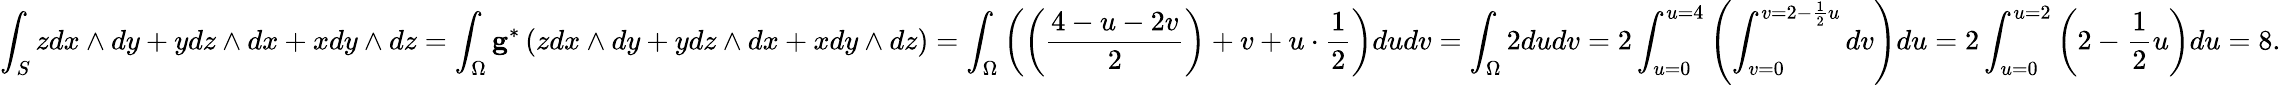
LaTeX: \int_{S}zdx\wedge dy+ydz\wedge dx+xdy\wedge dz=\int_{\Omega}\mathbf{g}^{*}\left(zdx\wedge dy+ydz\wedge dx+xdy\wedge dz\right)=\int_{\Omega}\left(\left(\frac{4-u-2v}{2}\right)+v+u\cdot\frac{1}{2}\right)dudv=\int_{\Omega}2dudv=2\int_{u=0}^{u=4}\left(\int_{v=0}^{v=2-\frac{1}{2}u}dv\right)du=2\int_{u=0}^{u=2}\left(2-\frac{1}{2}u\right)du=8.